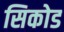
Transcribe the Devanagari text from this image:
सिकोड